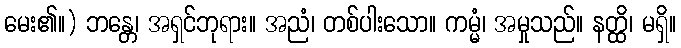
မေး၏။) ဘန္တေ၊ အရှင်ဘုရား။ အညံ၊ တစ်ပါးသော။ ကမ္မံ၊ အမှုသည်။ နတ္ထိ၊ မရှိ။